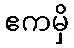
ဧကမှိ